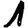
Digit: 1